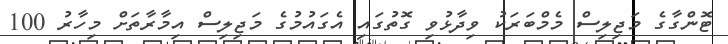
ޓޮންގާގެ މަޖިލިސް މެމްބަރަކު ވިދާޅުވި ގޮތުގައި އެގައުމުގެ މަޖިލިސް އިމާރާތަށް މިހާރު 100